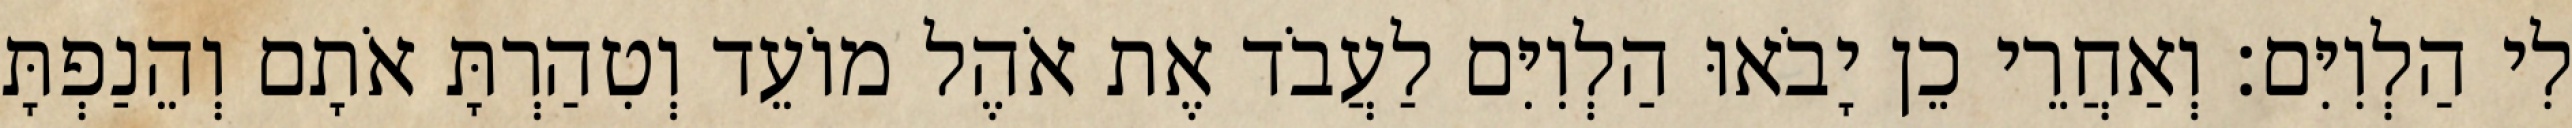
לִי הַלְוִיִּם׃ וְאַחֲרֵי כֵן יָבֹאוּ הַלְוִיִּם לַעֲבֹד אֶת אֹהֶל מוֹעֵד וְטִהַרְתָּ אֹתָם וְהֵנַפְתָּ